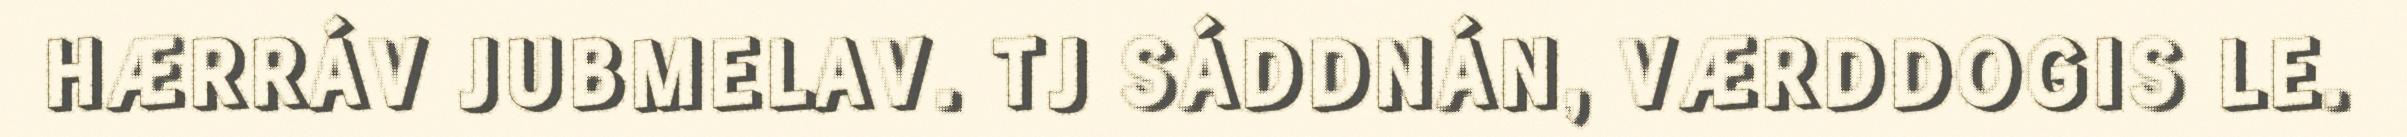
HÆRRÁV JUBMELAV. TJ SÁDDNÁN, VÆRDDOGIS LE.